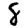
Digit: 8